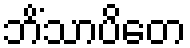
ဘိံသာပိတေ